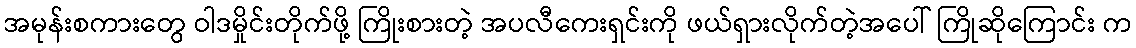
အမုန်းစကားတွေ ဝါဒမှိုင်းတိုက်ဖို့ ကြိုးစားတဲ့ အပလီကေးရှင်းကို ဖယ်ရှားလိုက်တဲ့အပေါ် ကြိုဆိုကြောင်း က